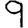
Digit: 9